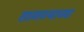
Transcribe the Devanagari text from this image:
तागण्याच्या